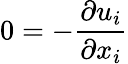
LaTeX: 0=-\frac{\partial{{u}_{i}}}{\partial{{x}_{i}}}